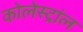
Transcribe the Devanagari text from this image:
कोलेस्ट्रांल